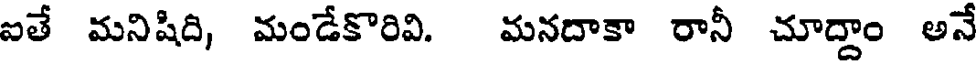
ఐతే మనిషిది, మండేకొరివి. మనదాకా రానీ చూద్దాం అన